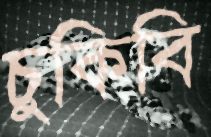
চুকিবি